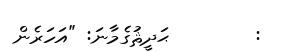
:        ޙަދީޘުގެމާނަ: "އަހަރެން